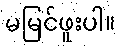
မမြင်ဖူးပါ။